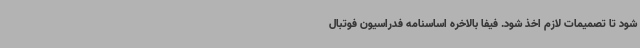
شود تا تصمیمات لازم اخذ شود. فیفا بالاخره اساسنامه فدراسیون فوتبال